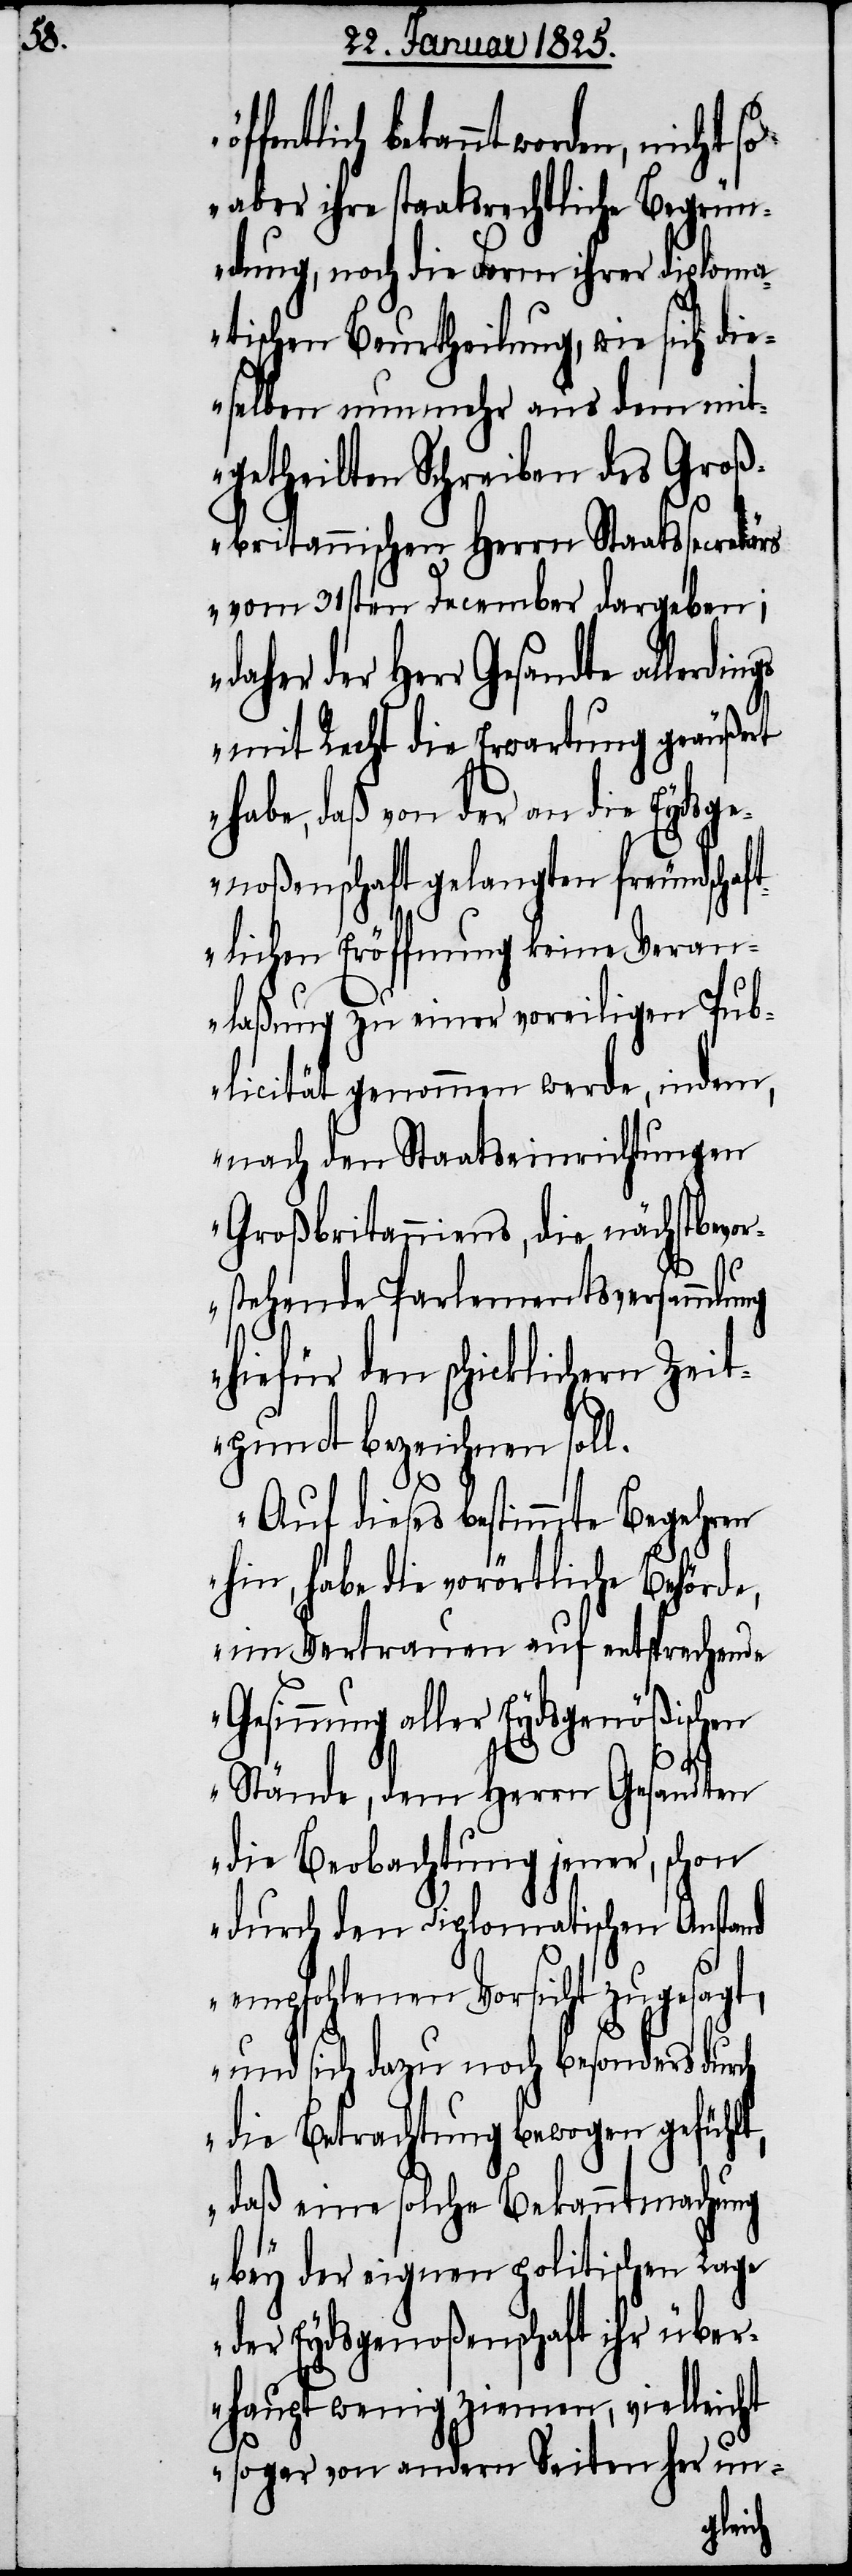
bekannt worden, nicht so
aber ihre staatsrechtliche Begrün¬
dung, noch die Form ihrer diploma¬
tischen Beurtheilung, wie sich die¬
selben nunmehr aus dem mit¬
getheilten Schreiben des Groß¬
britannischen Herrn Staatssecretärs
vom 31sten December dargeben;
daher der Herr Gesandte
mit Recht die Erwartung geäußert
habe, daß von der an die Eydsge¬
noßenschaft gelangten freundschaf¬
tlichen Eröffnung keine Veran¬
laßung zu einer voreiligen Pub¬
licität genommen werde, indem,
nach den Staatseinrichtungen
Großbritanniens, die nächstbevor¬
stehende Parlementsversammlung
hiefür den schicklichern Zei¬
tpunct bezeichnen soll.
Auf dieses bestimmte Begehren
hin, habe die vorörtliche Behörde,
im Vertrauen auf entsprechende
Gesinnung aller Eydsgenößischen
Stände, dem Herrn Gesandten
die Beobachtung jener, schon
durch den Diplomatischen Anstand
empfohlenen Vorsicht zugesagt,
und sich dazu noch besonders durch
die Betrachtung bewogen gefühlt,
daß eine solche Bekanntmachung
bey der eignen politischen Lage
der Eydsgenoßenschaft ihr über¬
haupt wenig ziemen, vielleicht
sogar von andern Seiten her un-